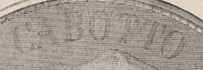
CABOTTO